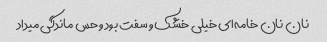
نان نان خامه‌ای خیلی خشک و سفت بود و حس ماندگی میداد